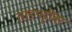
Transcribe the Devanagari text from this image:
ताडपट्टीवर